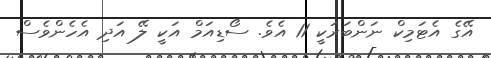
އޭގެ އެޓަމިކް ނަންބަރަކީ 11 އެވެ. ސޯޑިއަމް އަކީ ލޭ އަދި އެހެންވެސް